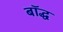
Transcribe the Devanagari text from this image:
बॉद्ध